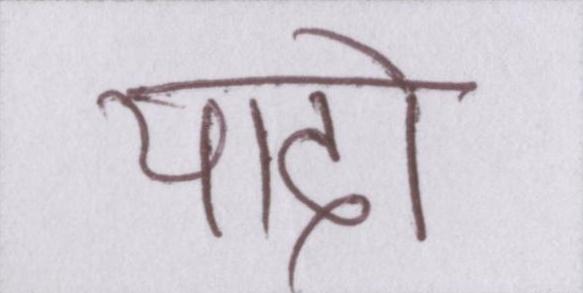
यादो